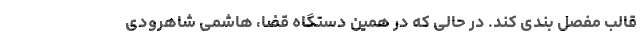
قالبِ مفصل بندی کند. در حالی که در همین دستگاه قضا، هاشمی شاهرودی